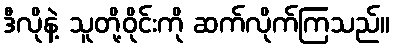
ဒီလိုနဲ့ သူတို့ဝိုင်းကို ဆက်လိုက်ကြသည်။